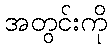
အတွင်းကို